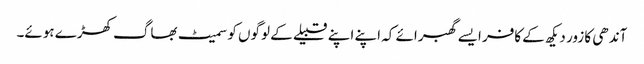
آندھی کا زور دیکھ کے کافر ایسے گھبرائے کہ اپنے اپنے قبیلے کے لوگوں کو سمیٹ بھاگ کھڑے ہوئے۔